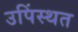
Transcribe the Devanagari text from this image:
उपिंस्थत